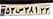
۵۳ص۳۸۱۲۳